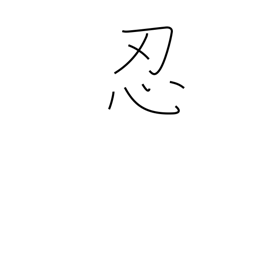
Meaning: secrete